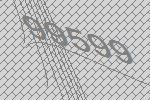
99599